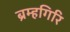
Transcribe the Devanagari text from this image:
ब्रम्हगिरि